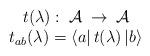
\begin{align*}\begin{array}{c}t(\lambda ):\; {\cal A}\: \rightarrow \: {\cal A}\\t_{ab}(\lambda )=\left\langle a\right| t(\lambda )\left| b\right\rangle \end{array}\end{align*}